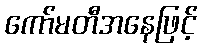
ကော်မတီအနေဖြင့်